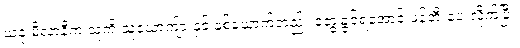
ယခု မီလာနီက သူ့ကို သူ့ယောကျ်ားနှင့် နှစ်ယောက်တည်း တွေ့ခွင့်ရအောင် ဖန်တီးပေးလိုက်ပြီ။